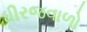
ધીરજવાળો